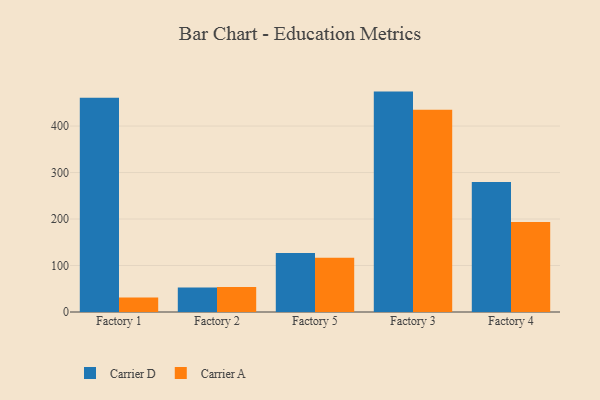
{"axis": {"x": "Factory", "y": "Population (Million)"}, "legend": ["Carrier A", "Carrier D"], "data": [{"x": "Factory 1", "y": 461.1, "type": "Carrier D"}, {"x": "Factory 1", "y": 31.3, "type": "Carrier A"}, {"x": "Factory 2", "y": 52.9, "type": "Carrier D"}, {"x": "Factory 2", "y": 53.8, "type": "Carrier A"}, {"x": "Factory 5", "y": 126.8, "type": "Carrier D"}, {"x": "Factory 5", "y": 116.8, "type": "Carrier A"}, {"x": "Factory 3", "y": 474.1, "type": "Carrier D"}, {"x": "Factory 3", "y": 435.1, "type": "Carrier A"}, {"x": "Factory 4", "y": 279.8, "type": "Carrier D"}, {"x": "Factory 4", "y": 193.8, "type": "Carrier A"}]}